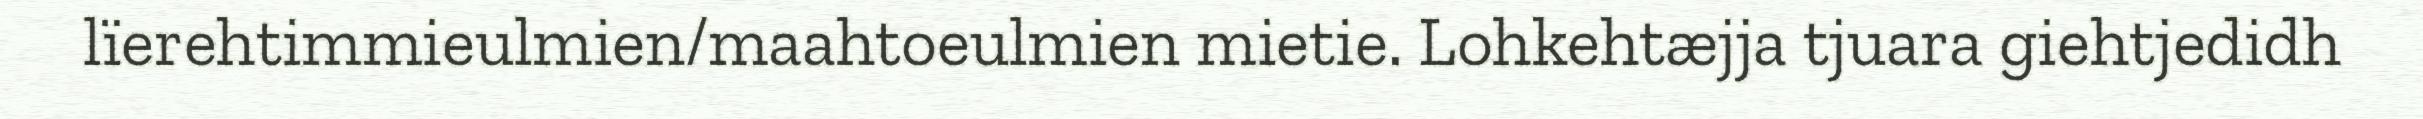
lïerehtimmieulmien/maahtoeulmien mietie. Lohkehtæjja tjuara giehtjedidh